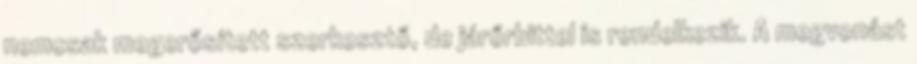
nemcsak megerősített szerkesztő, de járőrbittel is rendelkezik. A megvonást